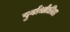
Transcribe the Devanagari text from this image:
पुर्वार्धातील